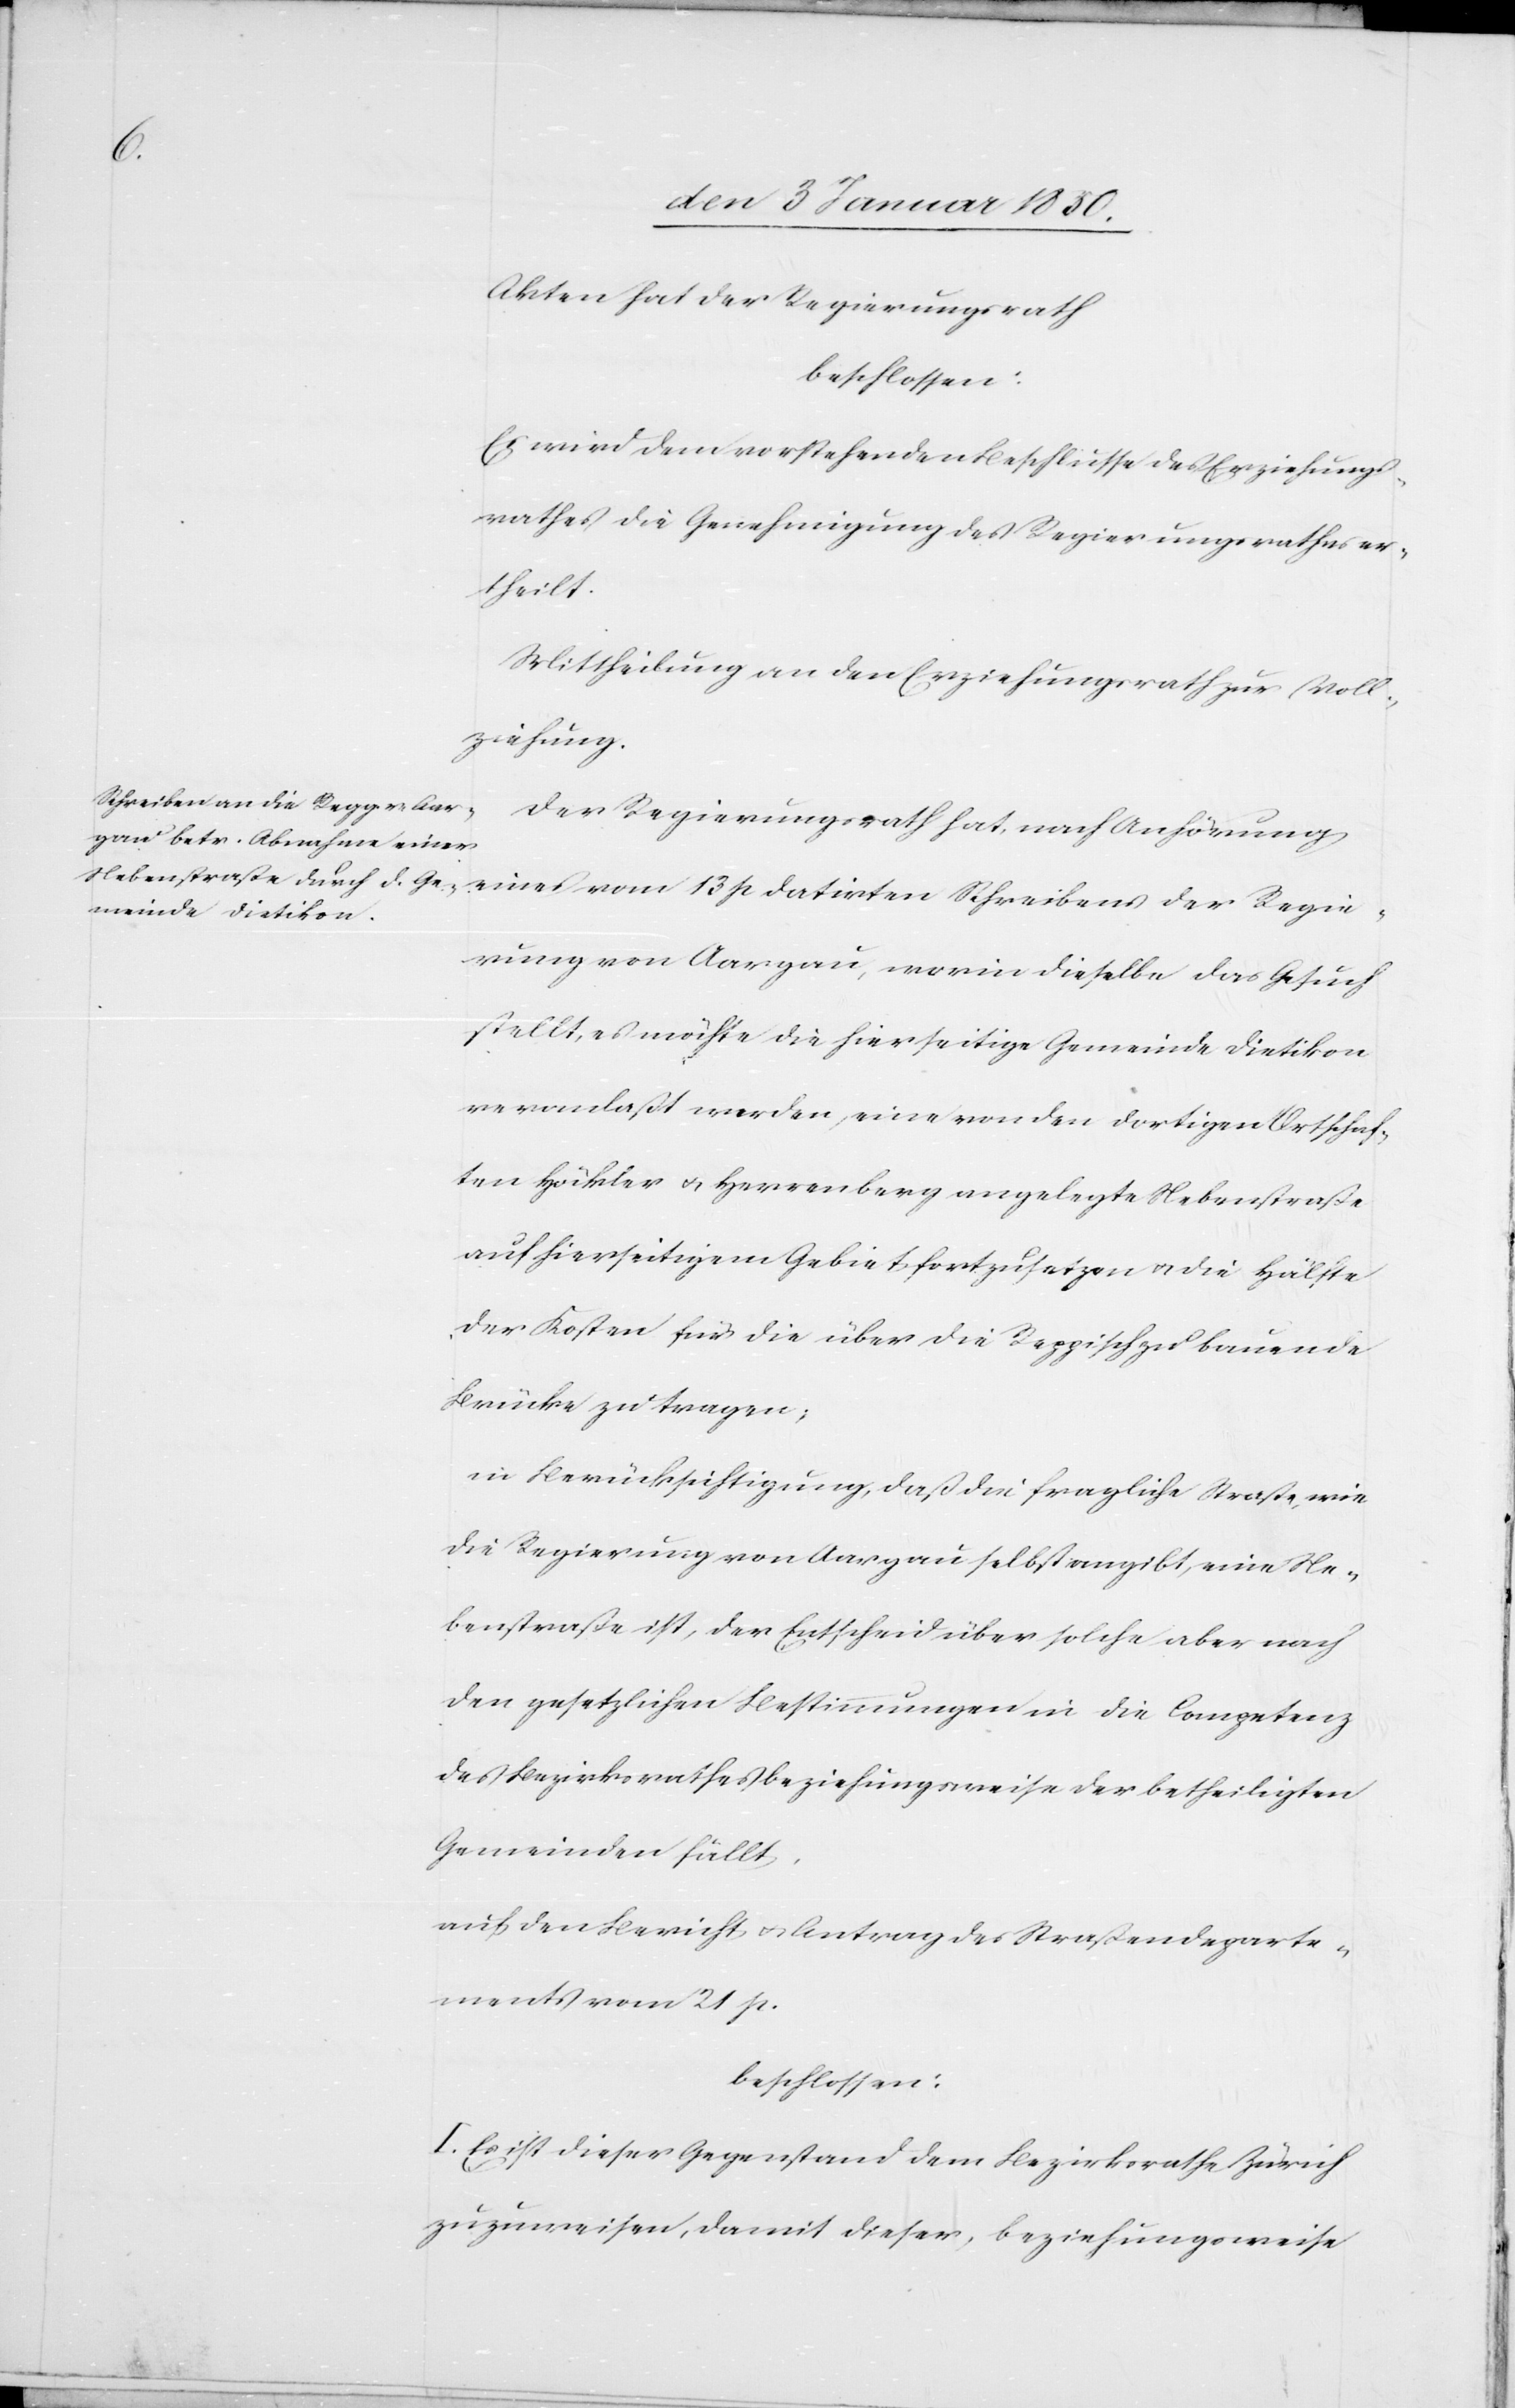
Akten hat der Regierungsrath
beschlossen:
Es wird dem vorstehenden Beschlusse des Erziehungs¬
rathes die Genehmigung des Regierungsrathes er¬
theilt.
Mittheilung an den Erziehungsrath zur Voll¬
ziehung.
Der Regierungsrath hat, nach Anhörung
eines vom 13 p datirten Schreibens der Regie¬
rung von Aargau, worin dieselbe das Gesuch
stellt, es möchte die hierseitige Gemeinde Dietikon
veranlaßt werden, eine von den dortigen Ortschaf¬
ten Höckler u. Herrenberg angelegte Nebenstraße
auf hierseitigem Gebiet fortzusetzen u. die Hälfte
der Kosten für die über die Reppisch zu bauende
Brücke zu tragen;
in Berücksichtigung, daß die fragliche Straße, wie
die Regierung von Aargau selbst angibt, eine Ne¬
benstraße ist, der Entscheid über solche aber nach
den gesetzlichen Bestimmungen in die Competenz
des Bezirksrathes beziehungsweise der betheiligten
Gemeinden fällt
auf den Bericht u. Antrag des Straßendeparte¬
ments vom 21 p.
beschlossen:
I. Es ist dieser Gegenstand dem Bezirksrathe Zürich
zuzuweisen, damit dieser, beziehungsweise